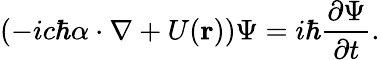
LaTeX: \left(-ic\hbar\mathbf{\alpha}\cdot\mathbf{\nabla}+U(\mathbf{r})\right)\Psi=i\hbar\frac{\partial\Psi}{\partial t}.